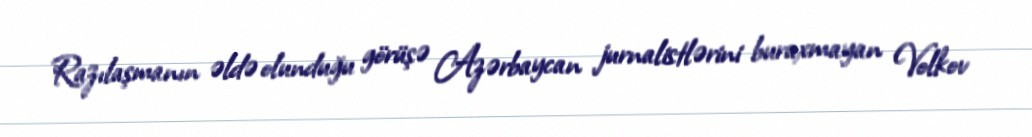
Razılaşmanın əldə olunduğu görüşə Azərbaycan jurnalistlərini buraxmayan Volkov